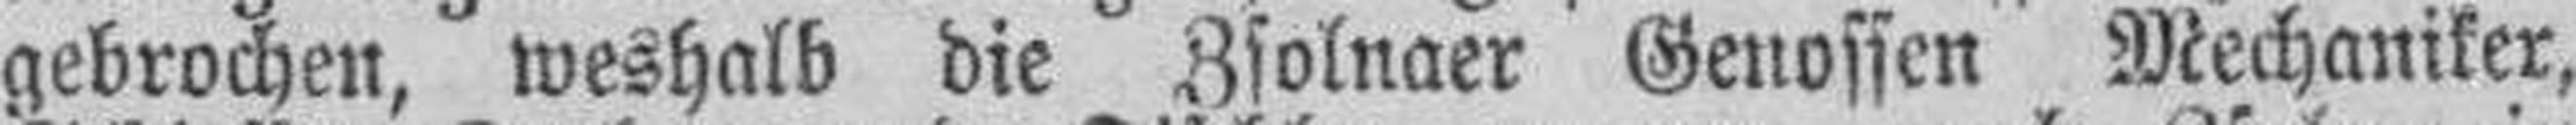
gebrochen, weshalb die Zsolnaer Genossen Mechaniker,